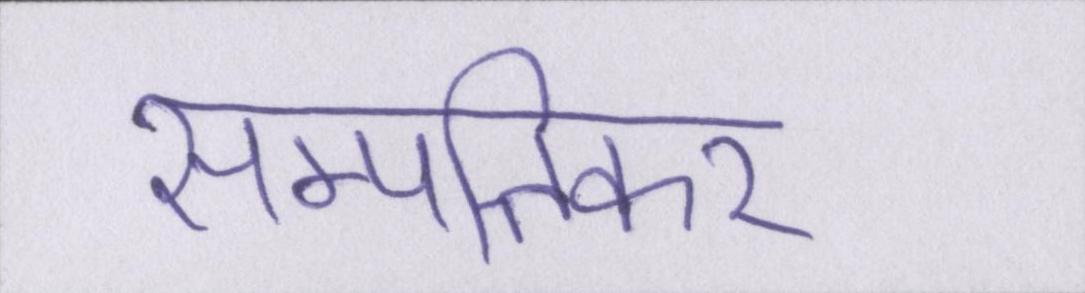
सम्पत्तिकर